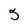
Character: 5